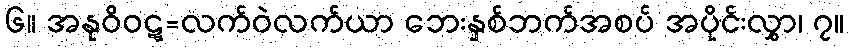
၆။ အနုဝိဝဋ္ဋ=လက်ဝဲလက်ယာ ဘေးနှစ်ဘက်အစပ် အပိုင်းလွှာ၊ ၇။